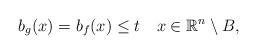
LaTeX: \begin{align*} b_g(x)=b_f(x)\leq t\,\,\,\,\,\,x\in\mathbb{R}^n\setminus B,\end{align*}